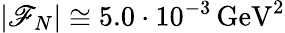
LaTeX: |\mathscr{F}_{N}|\cong5.0\cdot10^{-3}\, \mathrm{{GeV}}^{2}